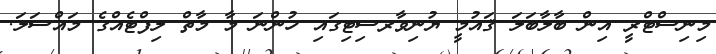
މިނިސްޓްރީ އިން ބާލާބަލަ ޤައުމީ ޔުނިވާރސިޓިގައި ހުންނަ މާ މާތް ލިފްޓެއްގެ މައްސަލަ.